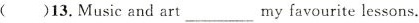
( )13.Music and art ___ myfavourite lessons.